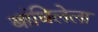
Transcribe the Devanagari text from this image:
बांधिलेला